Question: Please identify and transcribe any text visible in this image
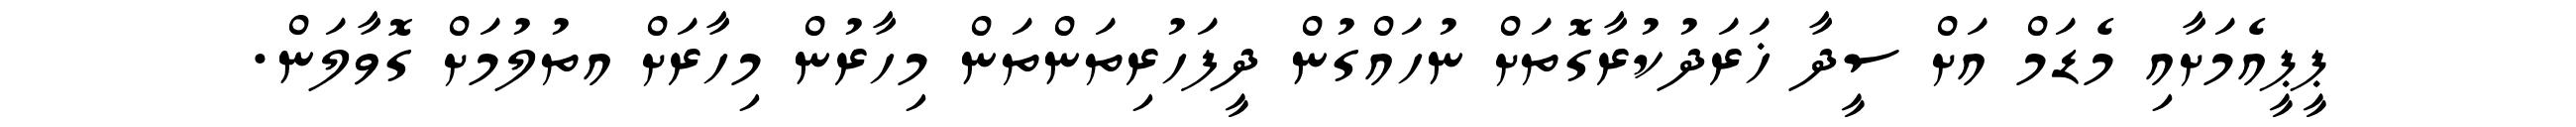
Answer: ޕީޕީއެމަށާއި މެޑަމް އަށް ސީދާ ޚަރަދުކުރާގޮތަށް ނުހައްގުން ދީފަހުރިތަންތަން މިހާރުން މިހާރަށް އތުލުމަށް ގޮވާލަން.